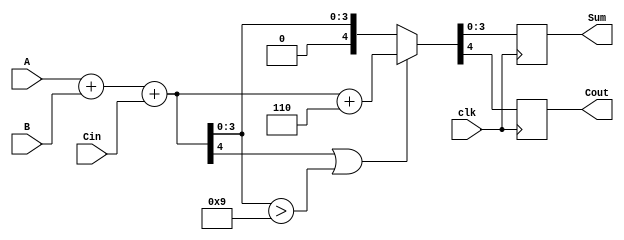
module bcd_synchronous_adder (
    input wire [3:0] A,      // First BCD digit
    input wire [3:0] B,      // Second BCD digit
    input wire Cin,          // Carry-in
    input wire clk,          // Clock signal
    output reg [3:0] Sum,    // BCD result
    output reg Cout          // Carry-out
);

    // Intermediate signals
    wire [4:0] S;            // Intermediate sum (5 bits)
    wire correction_needed;   // Flag for BCD correction

    // Calculate the sum of A, B, and Cin
    assign S = A + B + Cin;

    // Determine if correction is needed (i.e., if S[3:0] > 9 or S[4] == 1)
    assign correction_needed = (S[4] == 1) || (S[3:0] > 4'b1001);

    // On the rising edge of the clock
    always @(posedge clk) begin
        // If correction is needed, add 6 to the sum
        if (correction_needed) begin
            {Cout, Sum} <= S + 4'b0110; // Add 6 and update Cout
        end else begin
            {Cout, Sum} <= {1'b0, S[3:0]}; // No correction, assign directly
        end
    end

endmodule